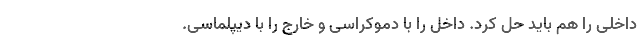
داخلی را هم باید حل کرد. داخل را با دموکراسی و خارج را با دیپلماسی.